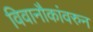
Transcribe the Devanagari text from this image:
विवानौकांवरुन